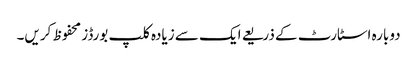
دوبارہ اسٹارٹ کے ذریعے ایک سے زیادہ کلپ بورڈز محفوظ کریں۔